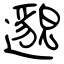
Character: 邈